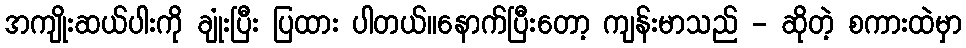
အကျိုးဆယ်ပါးကို ချုံးပြီး ပြထား ပါတယ်။နောက်ပြီးတော့ ကျန်းမာသည် - ဆိုတဲ့ စကားထဲမှာ